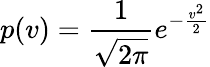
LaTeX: p(v)={\frac{1}{\sqrt{2\pi}}}e^{-{\frac{v^{2}}{2}}}